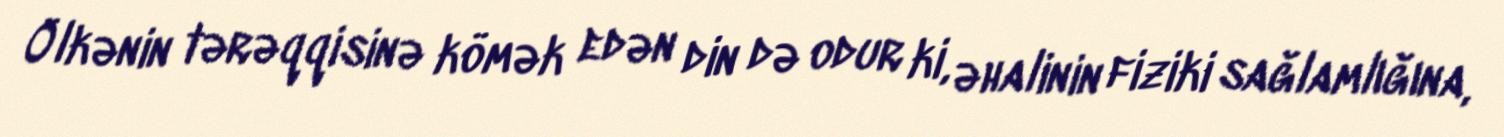
Ölkənin tərəqqisinə kömək edən din də odur ki, əhalinin fiziki sağlamlığına,